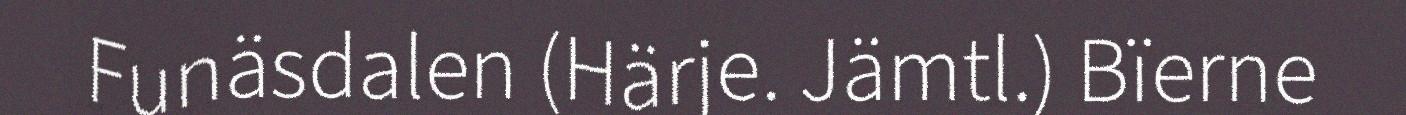
Funäsdalen (Härje. Jämtl.) Bïerne